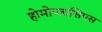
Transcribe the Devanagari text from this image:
होमोप्लासिएस